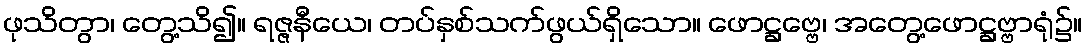
ဖုသိတွာ၊ တွေ့သိ၍။ ရဇ္ဇနီယေ၊ တပ်နှစ်သက်ဖွယ်ရှိသော။ ဖောဋ္ဌဗ္ဗေ၊ အတွေ့ဖောဋ္ဌဗ္ဗာရုံ၌။